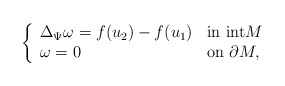
\begin{align*}\left\{\begin{array}{ll}\Delta_\Psi \omega =f(u_2)-f(u_1) & \textnormal{in int}M\\\omega=0 & \textnormal{on}\ \partial M,\end{array}\right.\end{align*}